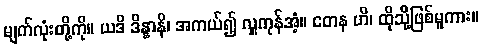
မျက်လုံးတို့ကို။ ယဒိ ဒိန္နာနိ၊ အကယ်၍ လှူကုန်အံ့။ တေန ဟိ၊ ထိုသို့ဖြစ်မူကား။